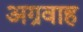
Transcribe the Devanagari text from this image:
अग्रवाह